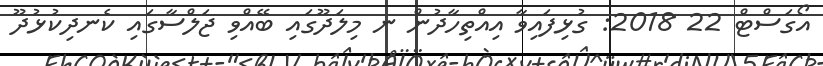
އޯގަސްޓް 22 2018: ގުޅިފައިވާ އިއްތިހާދުން ނ މިލަދޫގައި ބޭއްވި ޖަލްސާގައި ކެނދިކުޅުދޫ